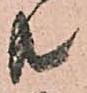
共